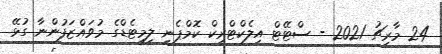
24 މާރިޗު 2021 - ސްޓޭޓް އިލެކްޓްރިކް ކޮމްޕެނީ ލިމިޓެޑްގެ މުވައްޒަފުންނާ ގުޅޭ